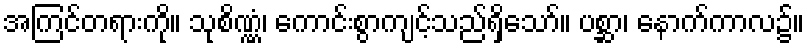
အကြင်တရားကို။ သုစိဏ္ဏံ၊ ကောင်းစွာကျင့်သည်ရှိသော်။ ပစ္ဆာ၊ နောက်ကာလ၌။